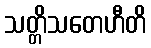
သတ္တိသတေဟီတိ